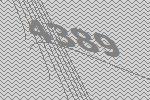
4389